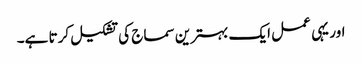
اور یہی عمل ایک بہترین سماج کی تشکیل کرتا ہے۔